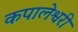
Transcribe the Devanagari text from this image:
कपालेश्वरी